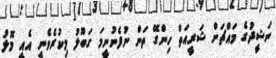
ނަޝީދުގެ މައްޗަށް ޝަރީއަތް ހިންގޭ ތަން ނުފެނުނީމަ ގަބޫލު މިކުރެވެނީ އެއީ މޮޅު